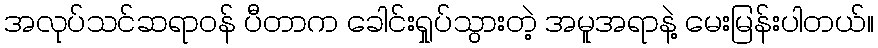
အလုပ်သင်ဆရာဝန် ပီတာက ခေါင်းရှုပ်သွားတဲ့ အမူအရာနဲ့ မေးမြန်းပါတယ်။